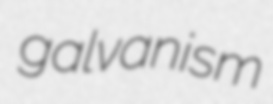
galvanism